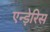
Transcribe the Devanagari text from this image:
एन्ड़ेरिस